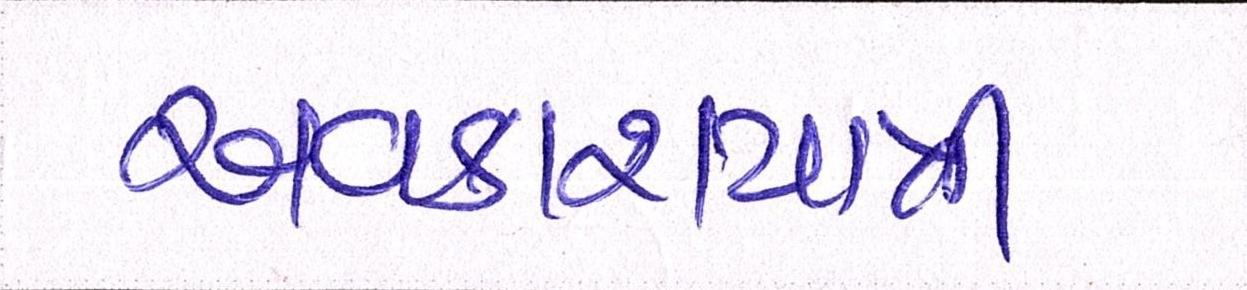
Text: અવકાશયાત્રી